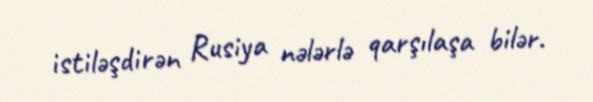
istiləşdirən Rusiya nələrlə qarşılaşa bilər.